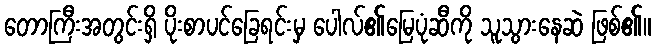
တောကြီးအတွင်းရှိ ပိုးစာပင်ခြေရင်းမှ ပေါလ်၏မြေပုံဆီကို သူသွားနေဆဲ ဖြစ်၏။